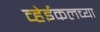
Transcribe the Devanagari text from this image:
व्हेईकलच्या